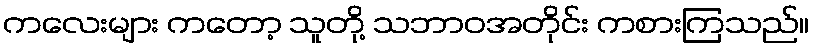
ကလေးများ ကတော့ သူတို့ သဘာဝအတိုင်း ကစားကြသည်။